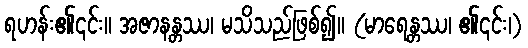
ရဟန်း၏၎င်း။ အဇာနန္တဿ၊ မသိသည်ဖြစ်၍။ (မာရေန္တဿ၊ ၏၎င်း၊)